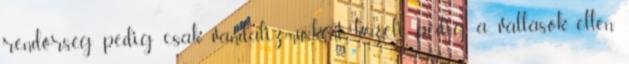
rendőrség pedig csak vandalizmusként kezeli, pedig a vallások ellen